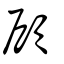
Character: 顧